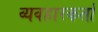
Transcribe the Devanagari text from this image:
व्यवहारकर्ता